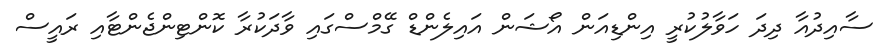
ސާއިދުއާ ދިދަ ހަވާލުކުރީ އިންޑިއަން އޯޝަން އައިލެންޑް ގޭމްސްގައި ވާދަކުރާ ކޮންޓިންޖެންޓާއި ރައީސް